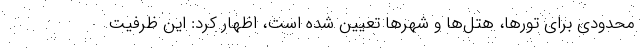
محدودی برای تورها، هتل‌ها و شهرها تعیین شده است، اظهار کرد: این ظرفیت